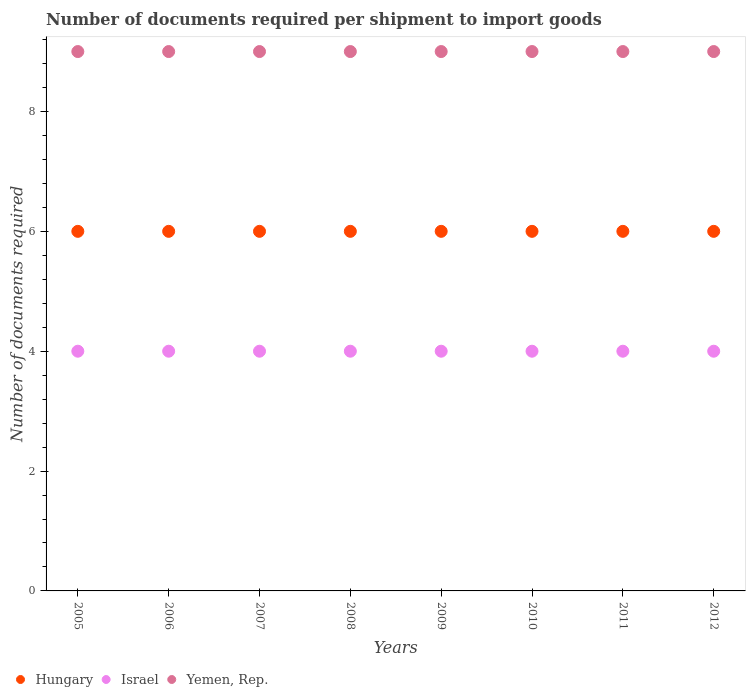
| Years | Hungary | Israel | Yemen, Rep. |
 | --- | --- | --- | --- |
 | 2005 | 6 | 4 | 9 |
 | 2006 | 6 | 4 | 9 |
 | 2007 | 6 | 4 | 9 |
 | 2008 | 6 | 4 | 9 |
 | 2009 | 6 | 4 | 9 |
 | 2010 | 6 | 4 | 9 |
 | 2011 | 6 | 4 | 9 |
 | 2012 | 6 | 4 | 9 |